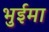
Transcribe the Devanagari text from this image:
भुईमा